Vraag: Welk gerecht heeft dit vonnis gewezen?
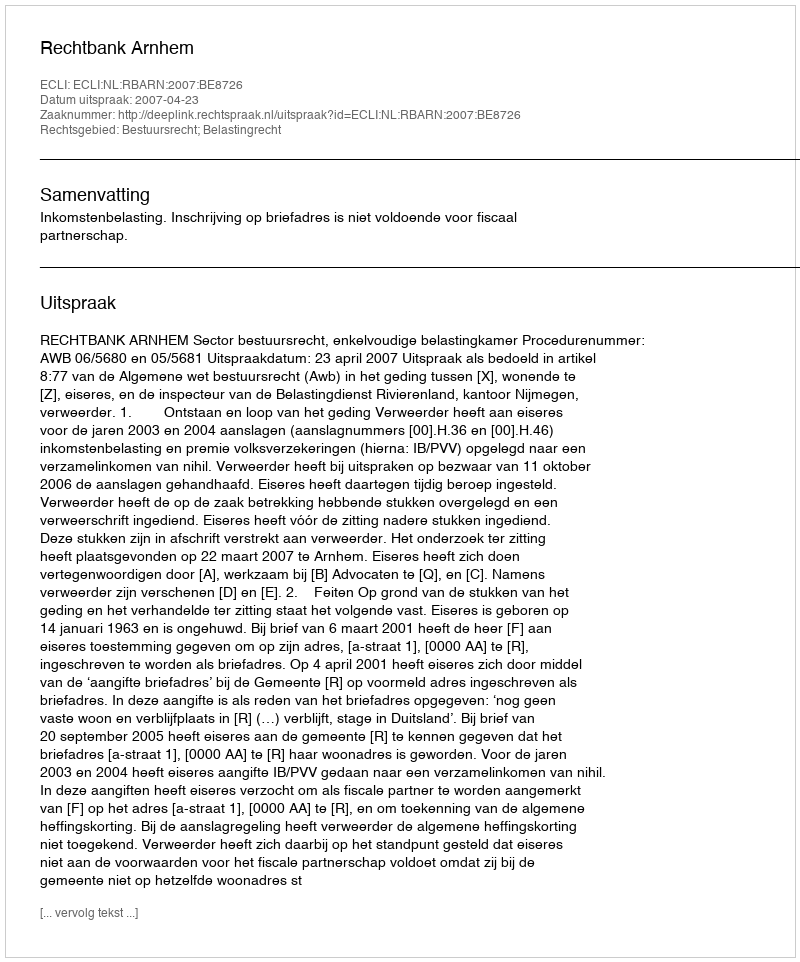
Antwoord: Rechtbank Arnhem